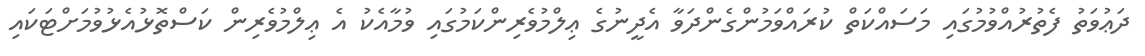
ދަޢުވަތު ފެތުރުއްވުމުގައި މަސައްކަތް ކުރައްވަމުންގެންދަވާ އެދީނުގެ ޢިލްމުވެރިންކަމުގައި ވުމާއެކު އެ ޢިލްމުވެރިން ކަސްތޮޅުއެޅުވުމަށްޓަކައި